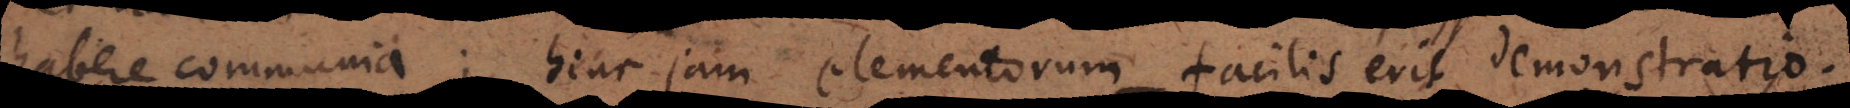
habere communia; hinc jam elementorum facilis erit demonstratio.